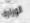
الوزارة